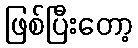
ဖြစ်ပြီးတော့